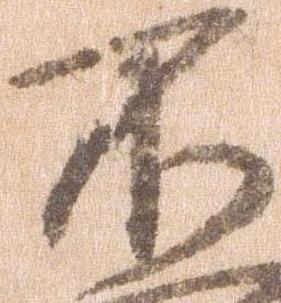
不